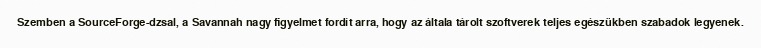
Szemben a SourceForge-dzsal, a Savannah nagy figyelmet fordít arra, hogy az általa tárolt szoftverek teljes egészükben szabadok legyenek.